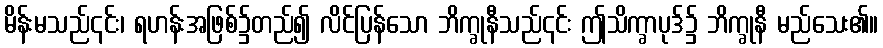
မိန်းမသည်၎င်း၊ ရဟန်းအဖြစ်၌တည်၍ လိင်ပြန်သော ဘိက္ခုနီသည်၎င်း ဤသိက္ခာပုဒ်၌ ဘိက္ခုနီ မည်သေး၏။